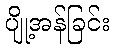
ပျို့အန်ခြင်း